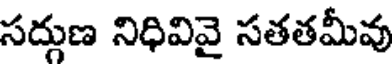
సద్గుణ నిధివివై సతతమీవు